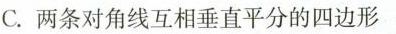
C.两条对角线互相垂直平分的四边形